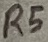
Text: R5